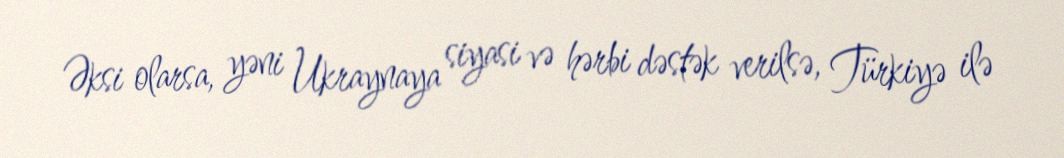
Əksi olarsa, yəni Ukraynaya siyasi və hərbi dəstək verilsə, Türkiyə ilə